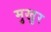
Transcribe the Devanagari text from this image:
मुखुर